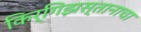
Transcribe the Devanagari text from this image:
किर्गिझस्तानाचा